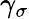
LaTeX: \gamma_{\sigma}